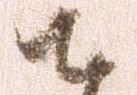
御